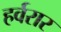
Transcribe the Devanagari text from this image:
हर्वरार